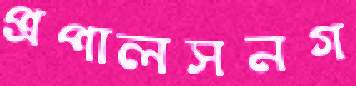
প্রপালসনগ